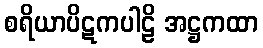
စရိယာပိဋကပါဠိ အဋ္ဌကထာ